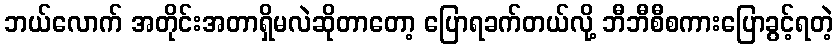
ဘယ်လောက် အတိုင်းအတာရှိမလဲဆိုတာတော့ ပြောရခက်တယ်လို့ ဘီဘီစီစကားပြောခွင့်ရတဲ့